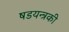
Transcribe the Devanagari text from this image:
षडयन्त्रकी